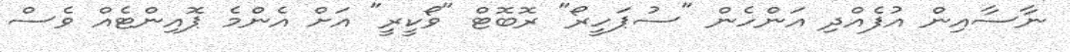
ނާސާއިން އުފެއްދި އަންހެން "ސުޕަހީރޯ" ރޮބޮޓް "ވޯކީރީ" އަށް އެންމެ ޕޮއިންޓެއް ވެސް